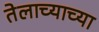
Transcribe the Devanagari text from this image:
तेलाच्याच्या